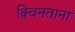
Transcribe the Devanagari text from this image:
क़्विनताना